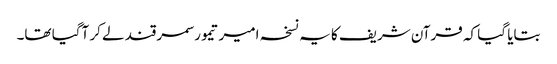
بتایا گیا کہ قرآن شریف کا یہ نسخہ امیر تیمور سمرقند لے کر آگیا تھا۔